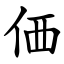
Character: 価